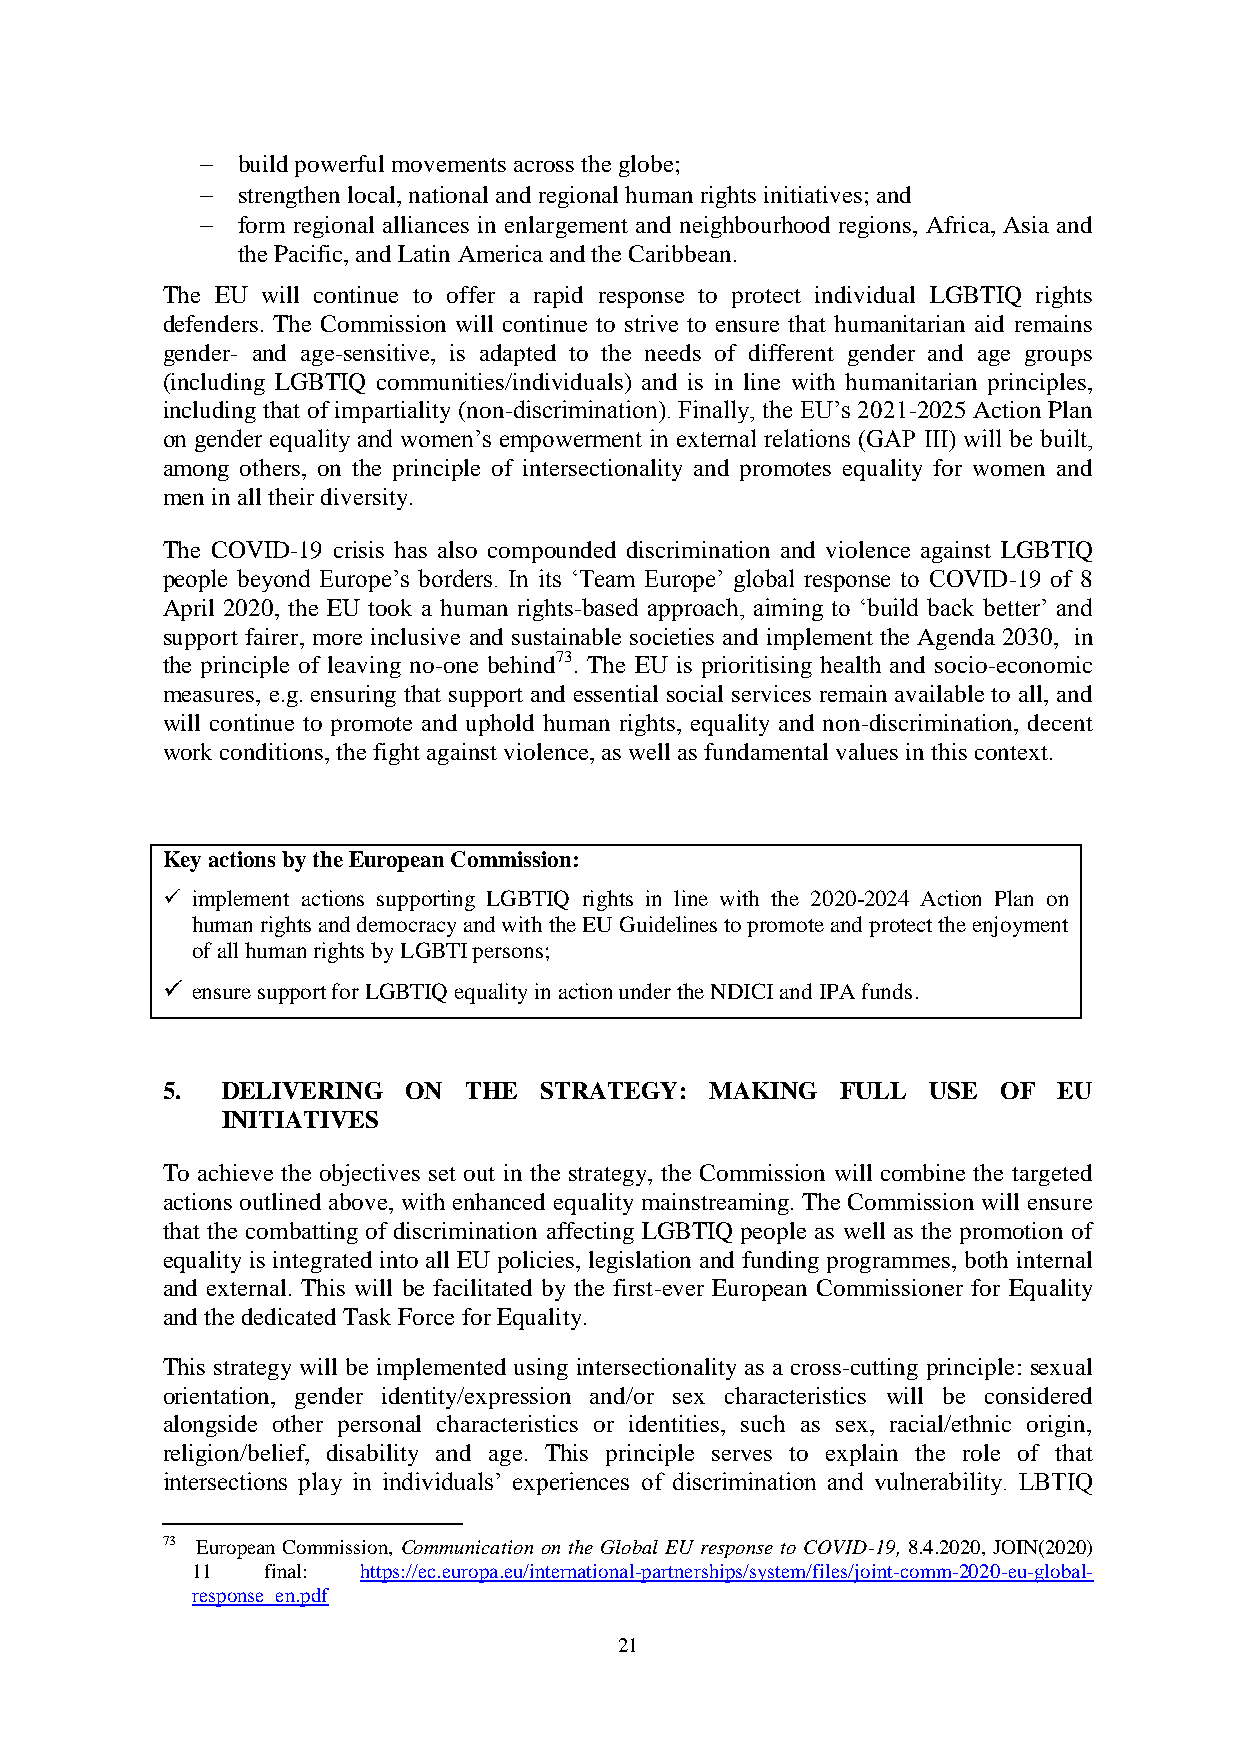
  build powerful movements across the globe;
   strengthen local, national and regional human rights initiatives; and
   form regional alliances in enlargement and neighbourhood regions, Africa, Asia and
 the Pacific, and Latin America and the Caribbean.
 The EU will continue to offer a rapid response to protect individual LGBTIQ rights
 defenders. The Commission will continue to strive to ensure that humanitarian aid remains
 gender- and age-sensitive, is adapted to the needs of different gender and age groups
 (including LGBTIQ communities/individuals) and is in line with humanitarian principles,
 including that of impartiality (non-discrimination). Finally, the EU’s 2021-2025 Action Plan
 on gender equality and women’s empowerment in external relations (GAP III) will be built,
 among others, on the principle of intersectionality and promotes equality for women and
 men in all their diversity.
 The COVID-19 crisis has also compounded discrimination and violence against LGBTIQ
 people beyond Europe’s borders. In its ‘Team Europe’ global response to COVID-19 of 8
 April 2020, the EU took a human rights-based approach, aiming to ‘build back better’ and
 support fairer, more inclusive and sustainable societies and implement the Agenda 2030, in
 the principle of leaving no-one behind73. The EU is prioritising health and socio-economic
 measures, e.g. ensuring that support and essential social services remain available to all, and
 will continue to promote and uphold human rights, equality and non-discrimination, decent
 work conditions, the fight against violence, as well as fundamental values in this context.
 Key actions by the European Commission:
  implement actions supporting LGBTIQ rights in line with the 2020-2024 Action Plan on
 human rights and democracy and with the EU Guidelines to promote and protect the enjoyment
 of all human rights by LGBTI persons;
  ensure support for LGBTIQ equality in action under the NDICI and IPA funds.
 5.  DELIVERING  ON  THE  STRATEGY:  MAKING   FULL USE  OF  EU
 INITIATIVES
 To achieve the objectives set out in the strategy, the Commission will combine the targeted
 actions outlined above, with enhanced equality mainstreaming. The Commission will ensure
 that the combatting of discrimination affecting LGBTIQ people as well as the promotion of
 equality is integrated into all EU policies, legislation and funding programmes, both internal
 and external. This will be facilitated by the first-ever European Commissioner for Equality
 and the dedicated Task Force for Equality.
 This strategy will be implemented using intersectionality as a cross-cutting principle: sexual
 orientation, gender identity/expression and/or sex characteristics will be considered
 alongside other personal characteristics or identities, such as sex, racial/ethnic origin,
 religion/belief, disability and age. This principle serves to explain the role of that
 intersections play in individuals’ experiences of discrimination and vulnerability. LBTIQ
 73 European Commission, Communication on the Global EU response to COVID-19, 8.4.2020, JOIN(2020)
 11   final: https://ec.europa.eu/international-partnerships/system/files/joint-comm-2020-eu-global-
 response_en.pdf
 21